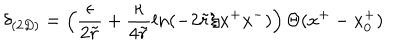
\delta _ { ( 2 D ) } = \left( \frac { \epsilon } { 2 \tilde { r } } + \frac { \kappa } { 4 \tilde { r } } l n ( - 2 \tilde { r } / x ^ { + } x ^ { - } ) \right) \Theta ( x ^ { + } - x _ { 0 } ^ { + } )